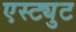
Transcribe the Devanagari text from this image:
एस्ट्युट